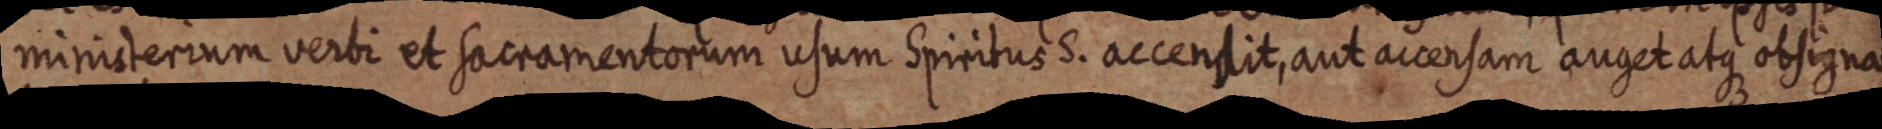
ministerium verbi et sacramentorum usum Spiritus S. accendit, aut accensam auget atque obsigna